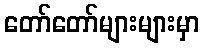
တော်တော်များများမှာ